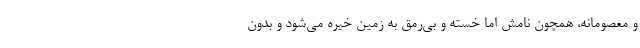
و معصومانه، همچون نامش اما خسته و بی‌رمق به زمین خیره می‌شود و بدون